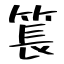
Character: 𥮲